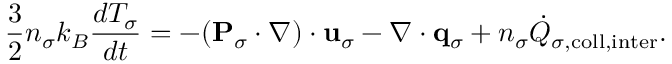
\frac { 3 } { 2 } n _ { \sigma } k _ { B } \frac { d { \cal T } _ { \sigma } } { d t } = - ( { \bf P } _ { \sigma } \cdot \nabla ) \cdot { \bf u } _ { \sigma } - \nabla \cdot { \bf q } _ { \sigma } + n _ { \sigma } \dot { Q } _ { \sigma , \mathrm { c o l l , i n t e r } } .